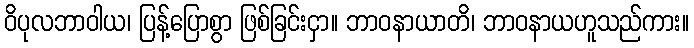
ဝိပုလဘာဝါယ၊ ပြန့်ပြောစွာ ဖြစ်ခြင်းငှာ။ ဘာဝနာယာတိ၊ ဘာဝနာယဟူသည်ကား။